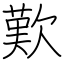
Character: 歎